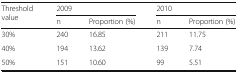
<table><thead><tr><td rowspan="2"><b>Threshold value</b></td><td colspan="2"><b>2009</b></td><td colspan="2"><b>2010</b></td></tr><tr><td><b>n</b></td><td><b>Proportion (%)</b></td><td><b>n</b></td><td><b>Proportion (%)</b></td></tr></thead><tbody><tr><td>30%</td><td>240</td><td>16.85</td><td>211</td><td>11.75</td></tr><tr><td>40%</td><td>194</td><td>13.62</td><td>139</td><td>7.74</td></tr><tr><td>50%</td><td>151</td><td>10.60</td><td>99</td><td>5.51</td></tr></tbody></table>